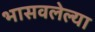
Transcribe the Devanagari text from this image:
भासवलेल्या